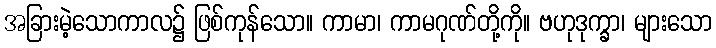
အခြားမဲ့သောကာလ၌ ဖြစ်ကုန်သော။ ကာမာ၊ ကာမဂုဏ်တို့ကို။ ဗဟုဒုက္ခာ၊ များသော